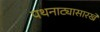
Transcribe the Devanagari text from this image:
पथनाट्यासारखे